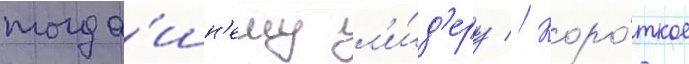
тогда́шн'ему л'и́д'еру // Коро́ткое